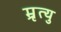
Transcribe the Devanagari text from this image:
म्रृत्यु